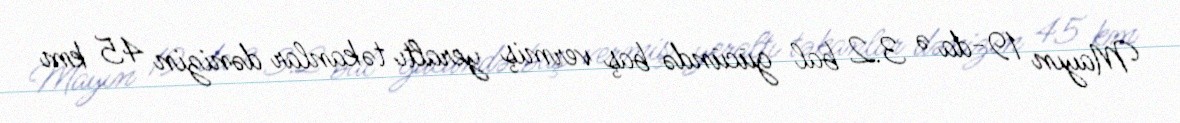
Mayın 19-da ə 3.2 bal gücündə baş vermiş yeraltı təkanlar dənizin 45 km